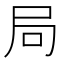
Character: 局